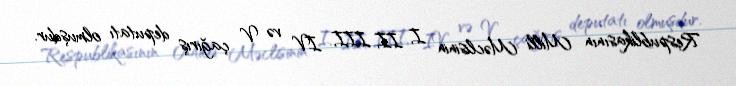
Respublikasının Milli Məclisinin I, II, III, IV və V çağırış deputatı olmuşdur.